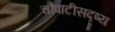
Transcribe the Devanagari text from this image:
चौपाटीसदृष्य